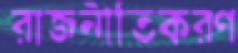
রাজনীতিকরণ